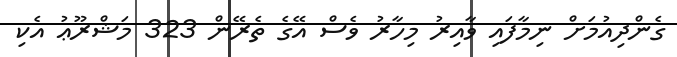
ގެންދިއުމަށް ނިމާފައި ވާއިރު މިހާރު ވެސް އޭގެ ތެރޭން 323 މަޝްރޫޢު އެކި